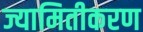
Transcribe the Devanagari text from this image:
ज्यामितीकरण